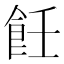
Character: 飪